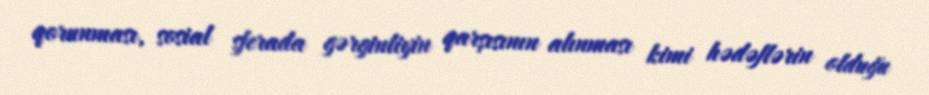
qorunması, sosial sferada gərginliyin qarşısının alınması kimi hədəflərin olduğu